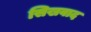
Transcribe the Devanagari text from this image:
सिखवाद